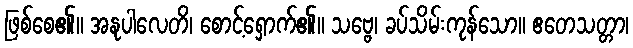
ဖြစ်စေ၏။ အနုပါလေတိ၊ စောင့်ရှောက်၏။ သဗ္ဗေ၊ ခပ်သိမ်းကုန်သော။ ဧတေသတ္တာ၊